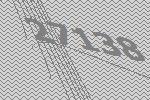
27138